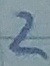
Text: 2